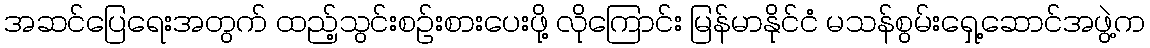
အဆင်ပြေရေးအတွက် ထည့်သွင်းစဉ်းစားပေးဖို့ လိုကြောင်း မြန်မာနိုင်ငံ မသန်စွမ်းရှေ့ဆောင်အဖွဲ့က